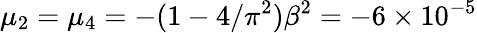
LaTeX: \mu_{2}=\mu_{4}=-(1-4/\pi^{2})\beta^{2}=-6\times 10^{-5}